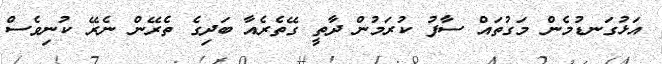
އަޅުގަނޑުމެން މަގުތައް ސާފު ކުރަމުން ދާތީ ގޭތެރެއާ ބަދިގެ ތެރޭން ނެރޭ ކުނިވެސް